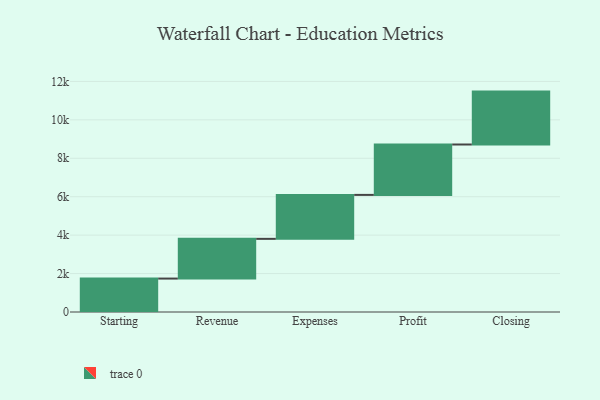
{"axis": {"x": "Step", "y": "Value"}, "legend": [""], "data": [{"x": "Starting", "y": 1740.0, "type": ""}, {"x": "Revenue", "y": 2067.0, "type": ""}, {"x": "Expenses", "y": 2287.0, "type": ""}, {"x": "Profit", "y": 2623.0, "type": ""}, {"x": "Closing", "y": 2753.0, "type": ""}]}